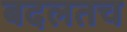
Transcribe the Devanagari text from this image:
बदलतच